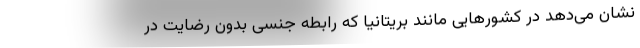
نشان می‌دهد در کشورهایی مانند بریتانیا که رابطه جنسی بدون رضایت در